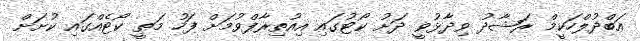
އަބްދުލްހަކީމް ރަޝާދު ވިދާޅުވީ ދަށު ކޯޓުގައި އިއުތިރާފްވުމަށް ފަހު މަތީ ކޯޓެއްގައި ކުށަށް